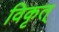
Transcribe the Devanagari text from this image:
विकृत्